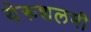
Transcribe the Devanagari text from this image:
येरूशलमी